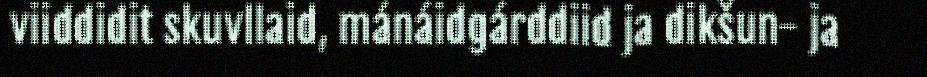
viiddidit skuvllaid, mánáidgárddiid ja dikšun- ja